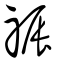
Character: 祳